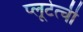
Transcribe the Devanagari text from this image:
प्लूटेत्ची